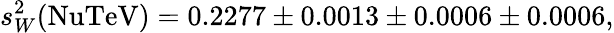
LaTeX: s_{W}^{2}(\mathrm{NuTeV})=0.2277\pm 0.0013\pm 0.0006\pm 0.0006,